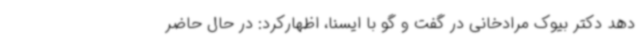
دهد دکتر بیوک مرادخانی در گفت و گو با ایسنا، اظهارکرد: در حال حاضر